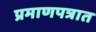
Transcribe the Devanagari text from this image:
प्रमाणपत्रात